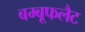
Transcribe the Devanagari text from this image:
बम्बूफलैट